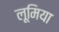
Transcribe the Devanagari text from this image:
लूमिया